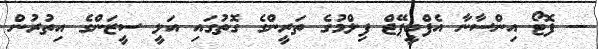
-- ފޮޓޯ އިންސާނާ އެފްބީޕޭޖް ފިލްމުގެ ތަރީންގެ ގޮތުގައި އަލީ ސީޒަންގެ އިތުރުން